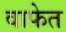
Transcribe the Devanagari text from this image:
वाफेत